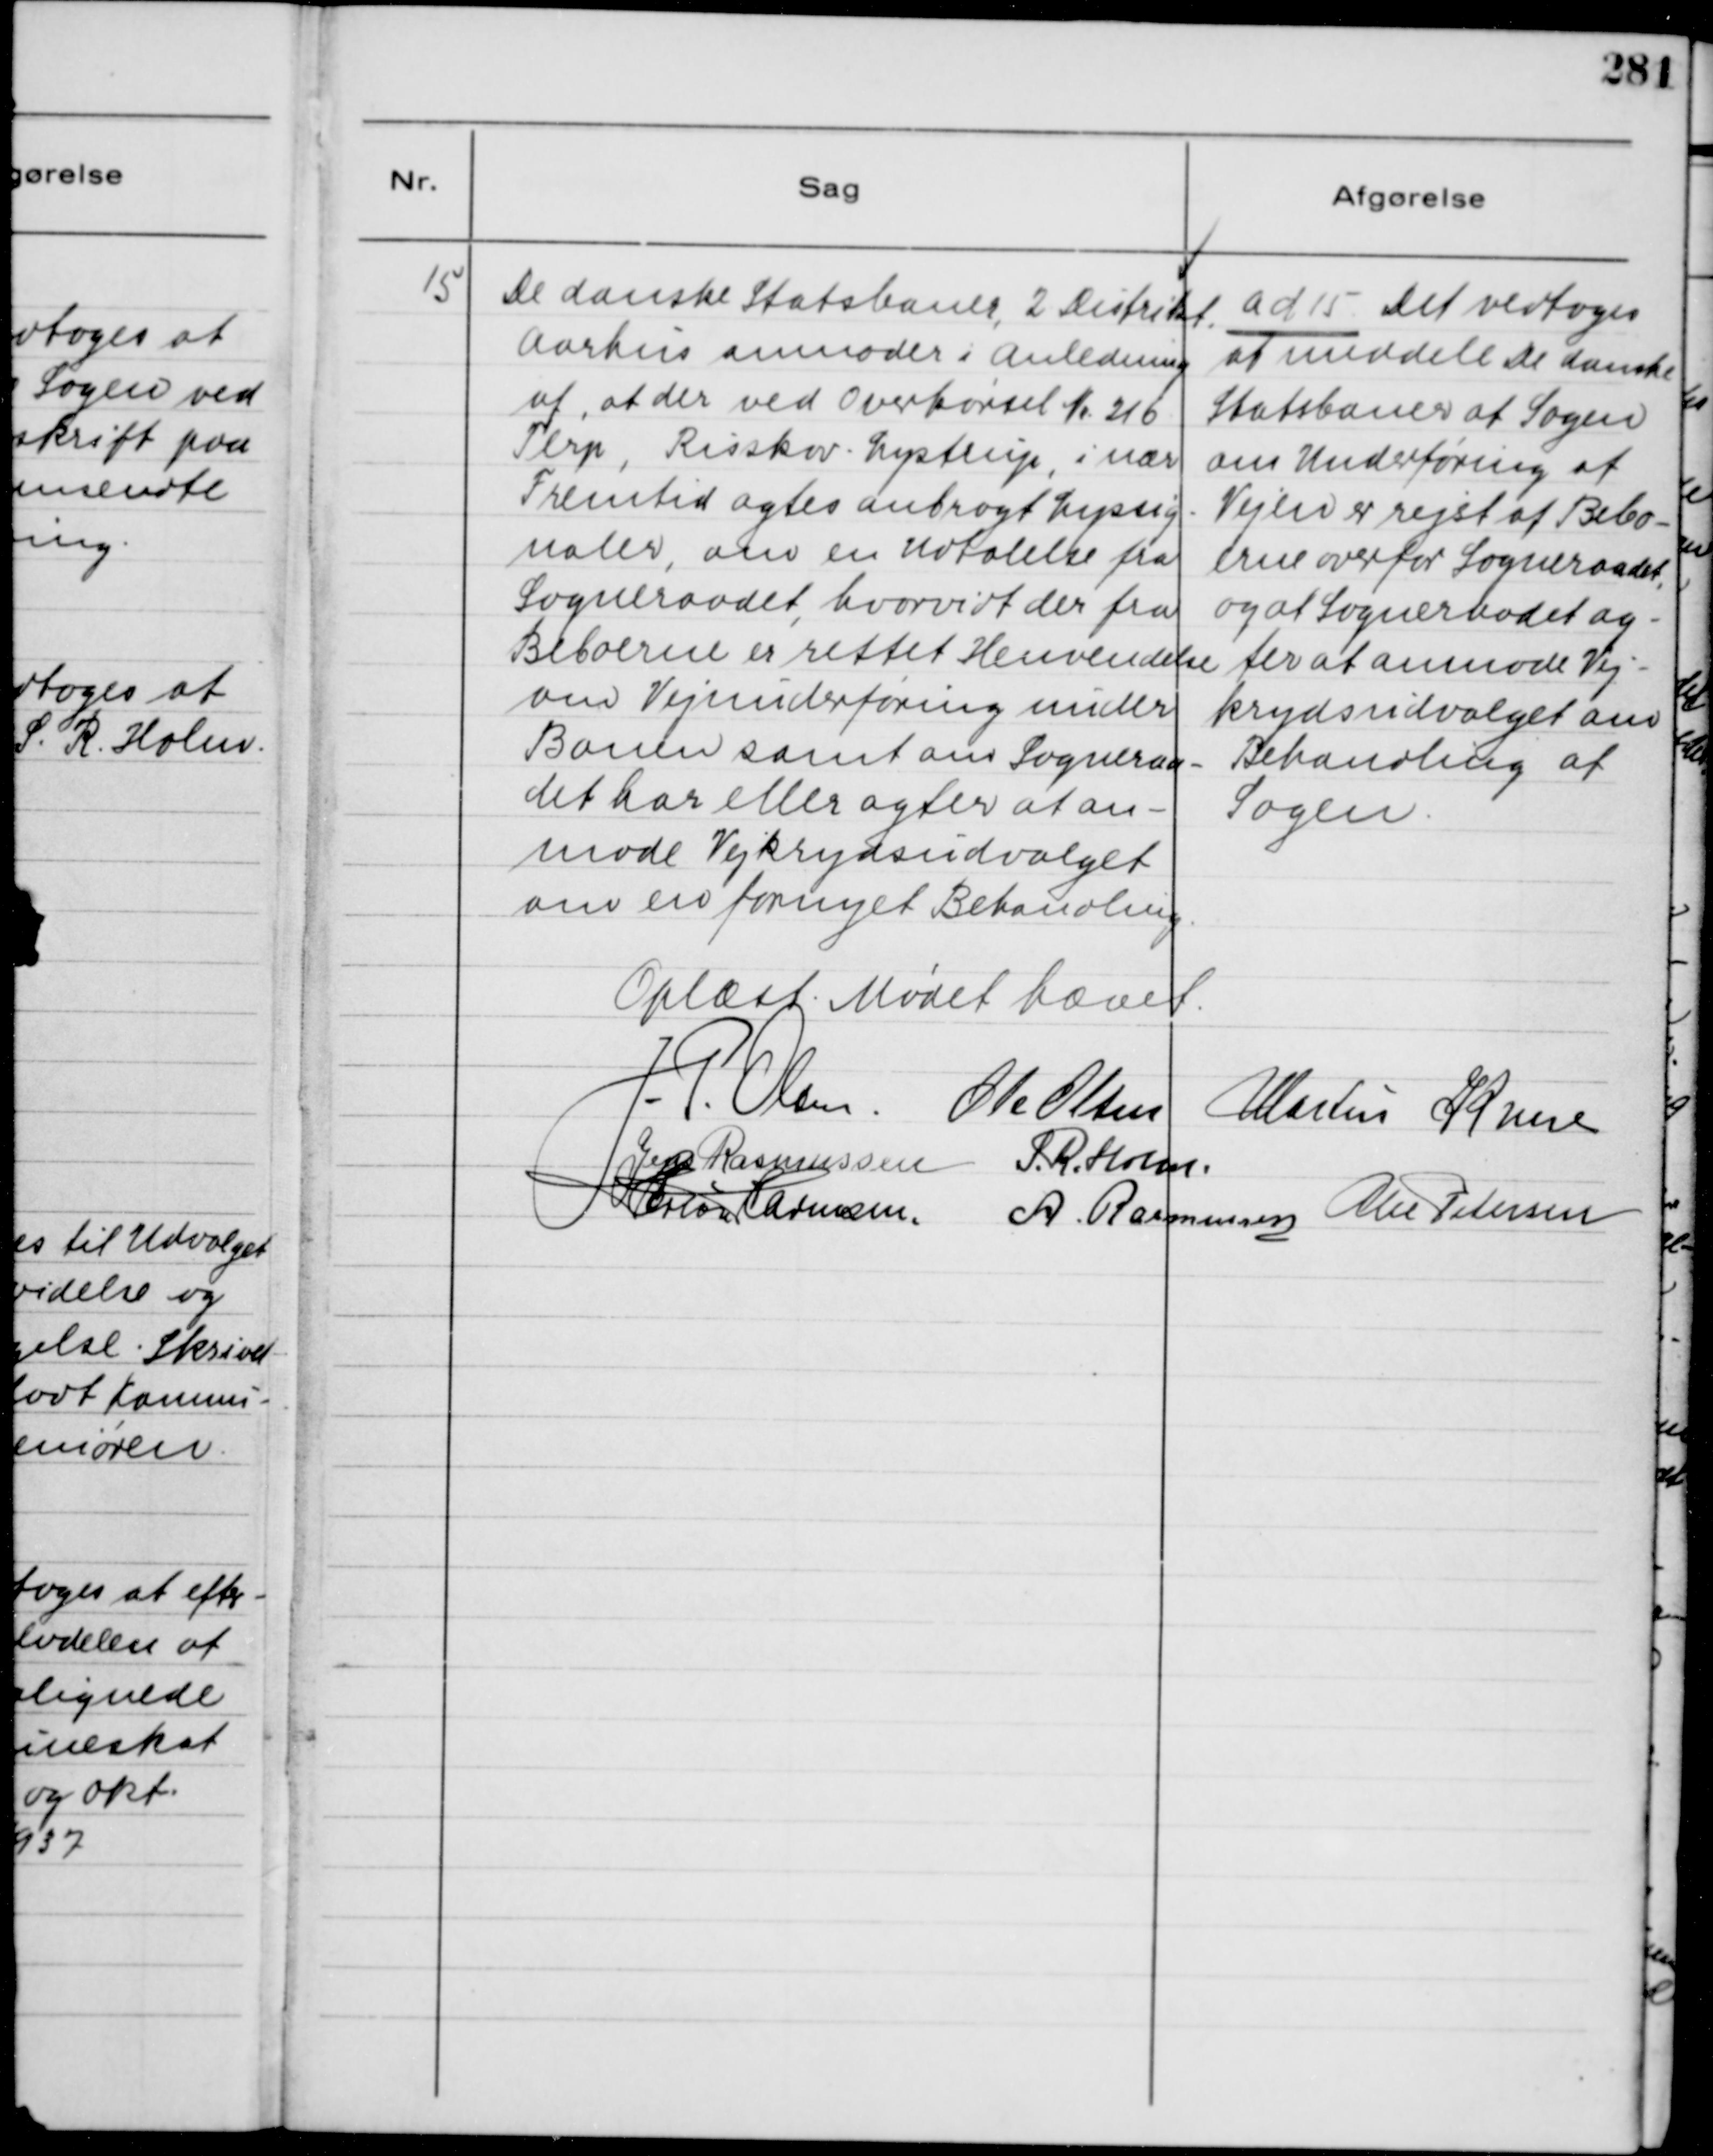
Transskription:
15
De danske Statsbaner, 2 Distrikt,
Aarhus anmoder i Anledning
af, at der ved Overkørsel Nr. 216
Terp, Risskov - Lystrup, i nær
Fremtid agtes anbragt Lyssig-
naler, om en Udtalelse fra
Sogneraadet, hvorvidt der fra
Beboerne er rettet Henvendelse
om Vejunderføring under
Banen samt om Sogneraa-
det har eller agter at an-
mode Vejkrydsudvalget
om en fornyet Behandling.

ad 15 Det vedtoges
at meddele De danske
Statsbaner at Sagen
om Underføring af
Vejen er rejst af Bebo-
erne overfor Sogneraadet,
og at Sogneraadet ag-
ter at anmode Vej-
krydsudvalget om
Behandling af
Sagen.

Oplæst. Mødet hævet.
J. P. Olsen.
Ole Olsen
Martin Kruse
Jens Rasmussen
S. R. Holm.
Herlou Harmsen.
A. Rasmussen
Alex Petersen